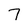
Character: 7